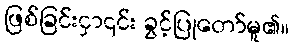
ဖြစ်ခြင်းငှာ၎င်း ခွင့်ပြုတော်မူ၏။